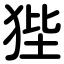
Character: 狴